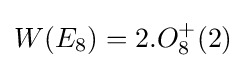
W(E_{8})=2.O_{8}^{+}(2)